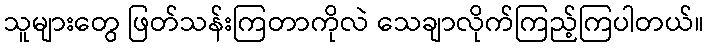
သူများတွေ ဖြတ်သန်းကြတာကိုလဲ သေချာလိုက်ကြည့်ကြပါတယ်။